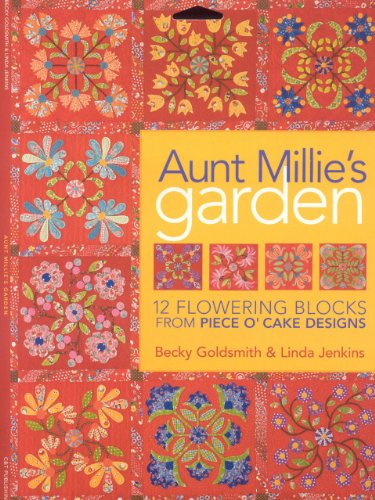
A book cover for Aunt Millie's Garden: 12 Flowering Blocks from Piece O' Cake Designs; Becky Goldsmith; Crafts, Hobbies & Home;